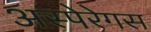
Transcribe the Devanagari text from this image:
अस्पेरेगस